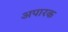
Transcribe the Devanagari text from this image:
अपारक